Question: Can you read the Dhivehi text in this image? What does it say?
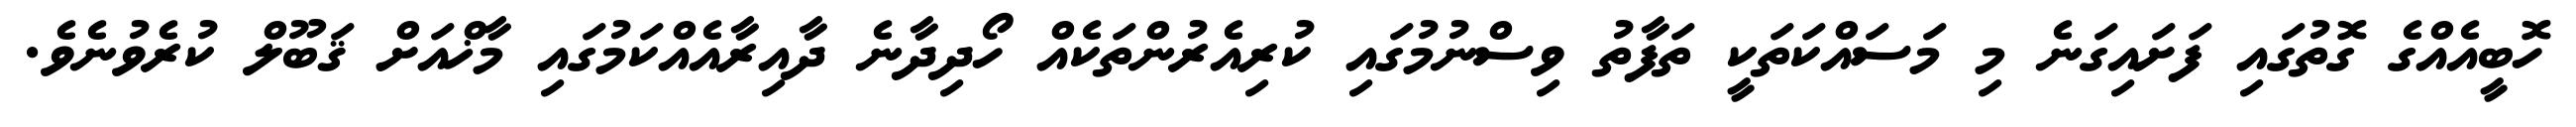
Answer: ހޮބީއެއްގެ ގޮތުގައި ފަށައިގަނެ މި މަސައްކަތަކީ ތަފާތު ވިސްނުމުގައި ކުރިއެރުންތަކެއް ހޯދިދާނެ ދާއިރާއެއްކަމުގައި މާޚްއަށް ޤަބޫލް ކުރެވުނެވެ.